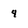
Character: 4